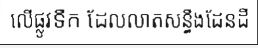
លើផ្លូវទឹក ដែលលាតសន្ធឹងដែនដី